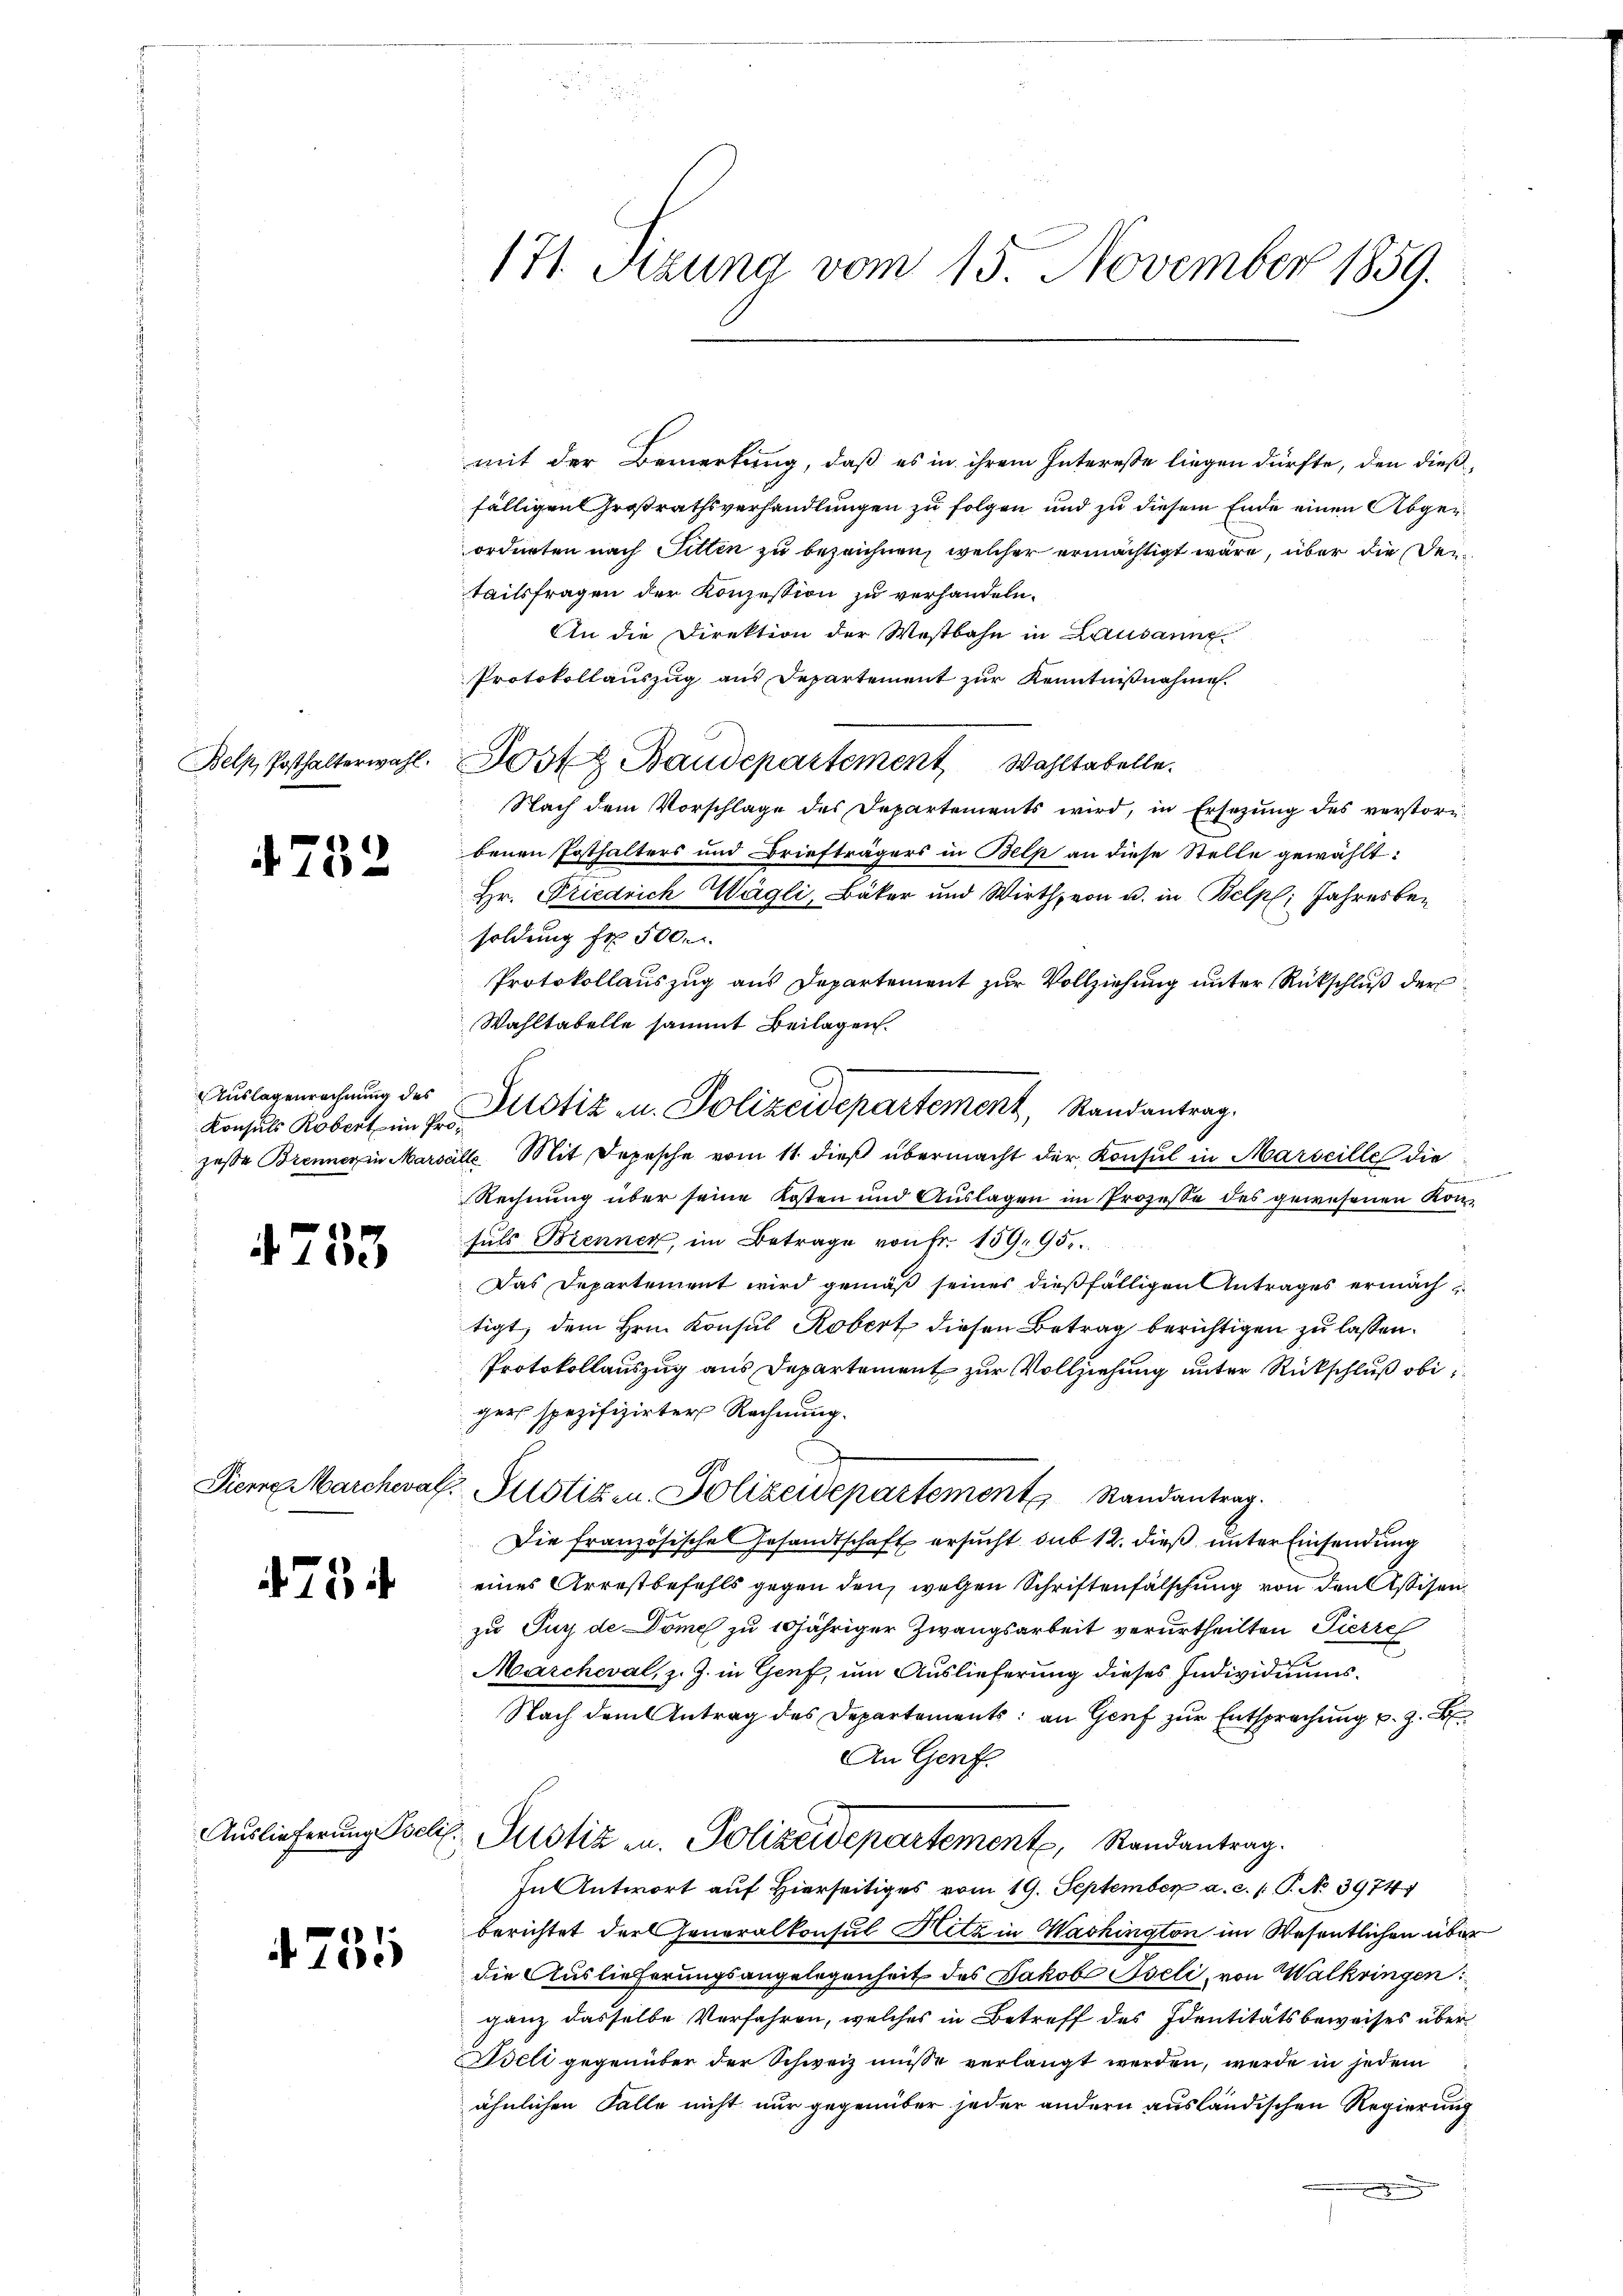
4752

Auslagenrechnung des
Konsuls Robert im Pro¬

4753

. 734

755

mit der Bemerkung, daß es in ihrem Intereße liegen dürfte, den dießfälligen Großrathsverhandlungen zu folgen und zu diesem Ende einen Abgeordneten nach Sitten zu bezeichnen, welcher ermächtigt wäre, über die Detailsfragen der Konzession zu verhandeln.
An die Direktion der Westbahn in Lausanng
Protokollauszug aus Departement zur Kenntnißnahme.
Belp, Posthalterwahl. Post Baudepartement Wohltabelle.
Nach dem Vorschlage des Departements wird, in Ersetzung des verstorbenen Posthalters und Briefträgers in Belp an diese Stelle gewählt:
Hr. Friedrich Wägli, Bäker und Wirth, von u. in Belp; Jahresber
soldung Fr. 500.
Protokollauszug aus Departement zur Vollziehung unter Rückschluß der
Wahltabelle sammt Beilagen.
zese Brenner in Marsalle Mit Depesche vom 11. dieß übermacht der Konsul in Marseille die
Rechnung über seine Kosten und Auslagen im Prozesse des gewesenen Kon-
fuls Brenner, im Betrage von fr. 159. 95.
Das Departement wird gemäß seines dießfälligen Antrages ermachtigt, dem Hrn. Konsul Robert diesen Betrag berichtigen zu lassen.
Protokollauszug aus Departement zur Vollziehung unter Rückschluß obi
gers spezifizirter Rechnung.
Dieme Marcheval Justizen. Polizeidepartement Randantrag.
Die französische Gesandtschaft ersucht sub 12. dieß unter Einsendung
eines Arrestbefehls gegen den wegen Schriftenfälschung von den Assisenzu Pur de Dome zu 10jähriger Zwangsarbeit verurtheilten Pierre
Marcheval, z. Z. in Genf, um Auslieferung dieses Individuums¬
Nach dem Antrag des Departements: an Genf zur Entsprechung u. z. B
An Genf.
Auslieferung selis Justiz u. Polizeidepartement, Randantrag.
In Antwort auf Hierseitiges vom 19. September a. c. /: P. No. 39741
berichtet der Generalkonsul Hitz in Washington im Wesentlichen über
die Auslieferungsangelegenheit des Jakob Iseli, von Walkringen:
ganz dasselbe Verfahren, welches in Betreff des Identitätsbeweises über
Welt gegenüber der Schweiz müsse verlangt werden, werde in jedem
ähnlichen Falle nicht nur gegenüber jeder andern ausländischen Regierung

171. Sitzung vom 15. November 1859.

Justiz u. Polizeidepartement, Randantrag.